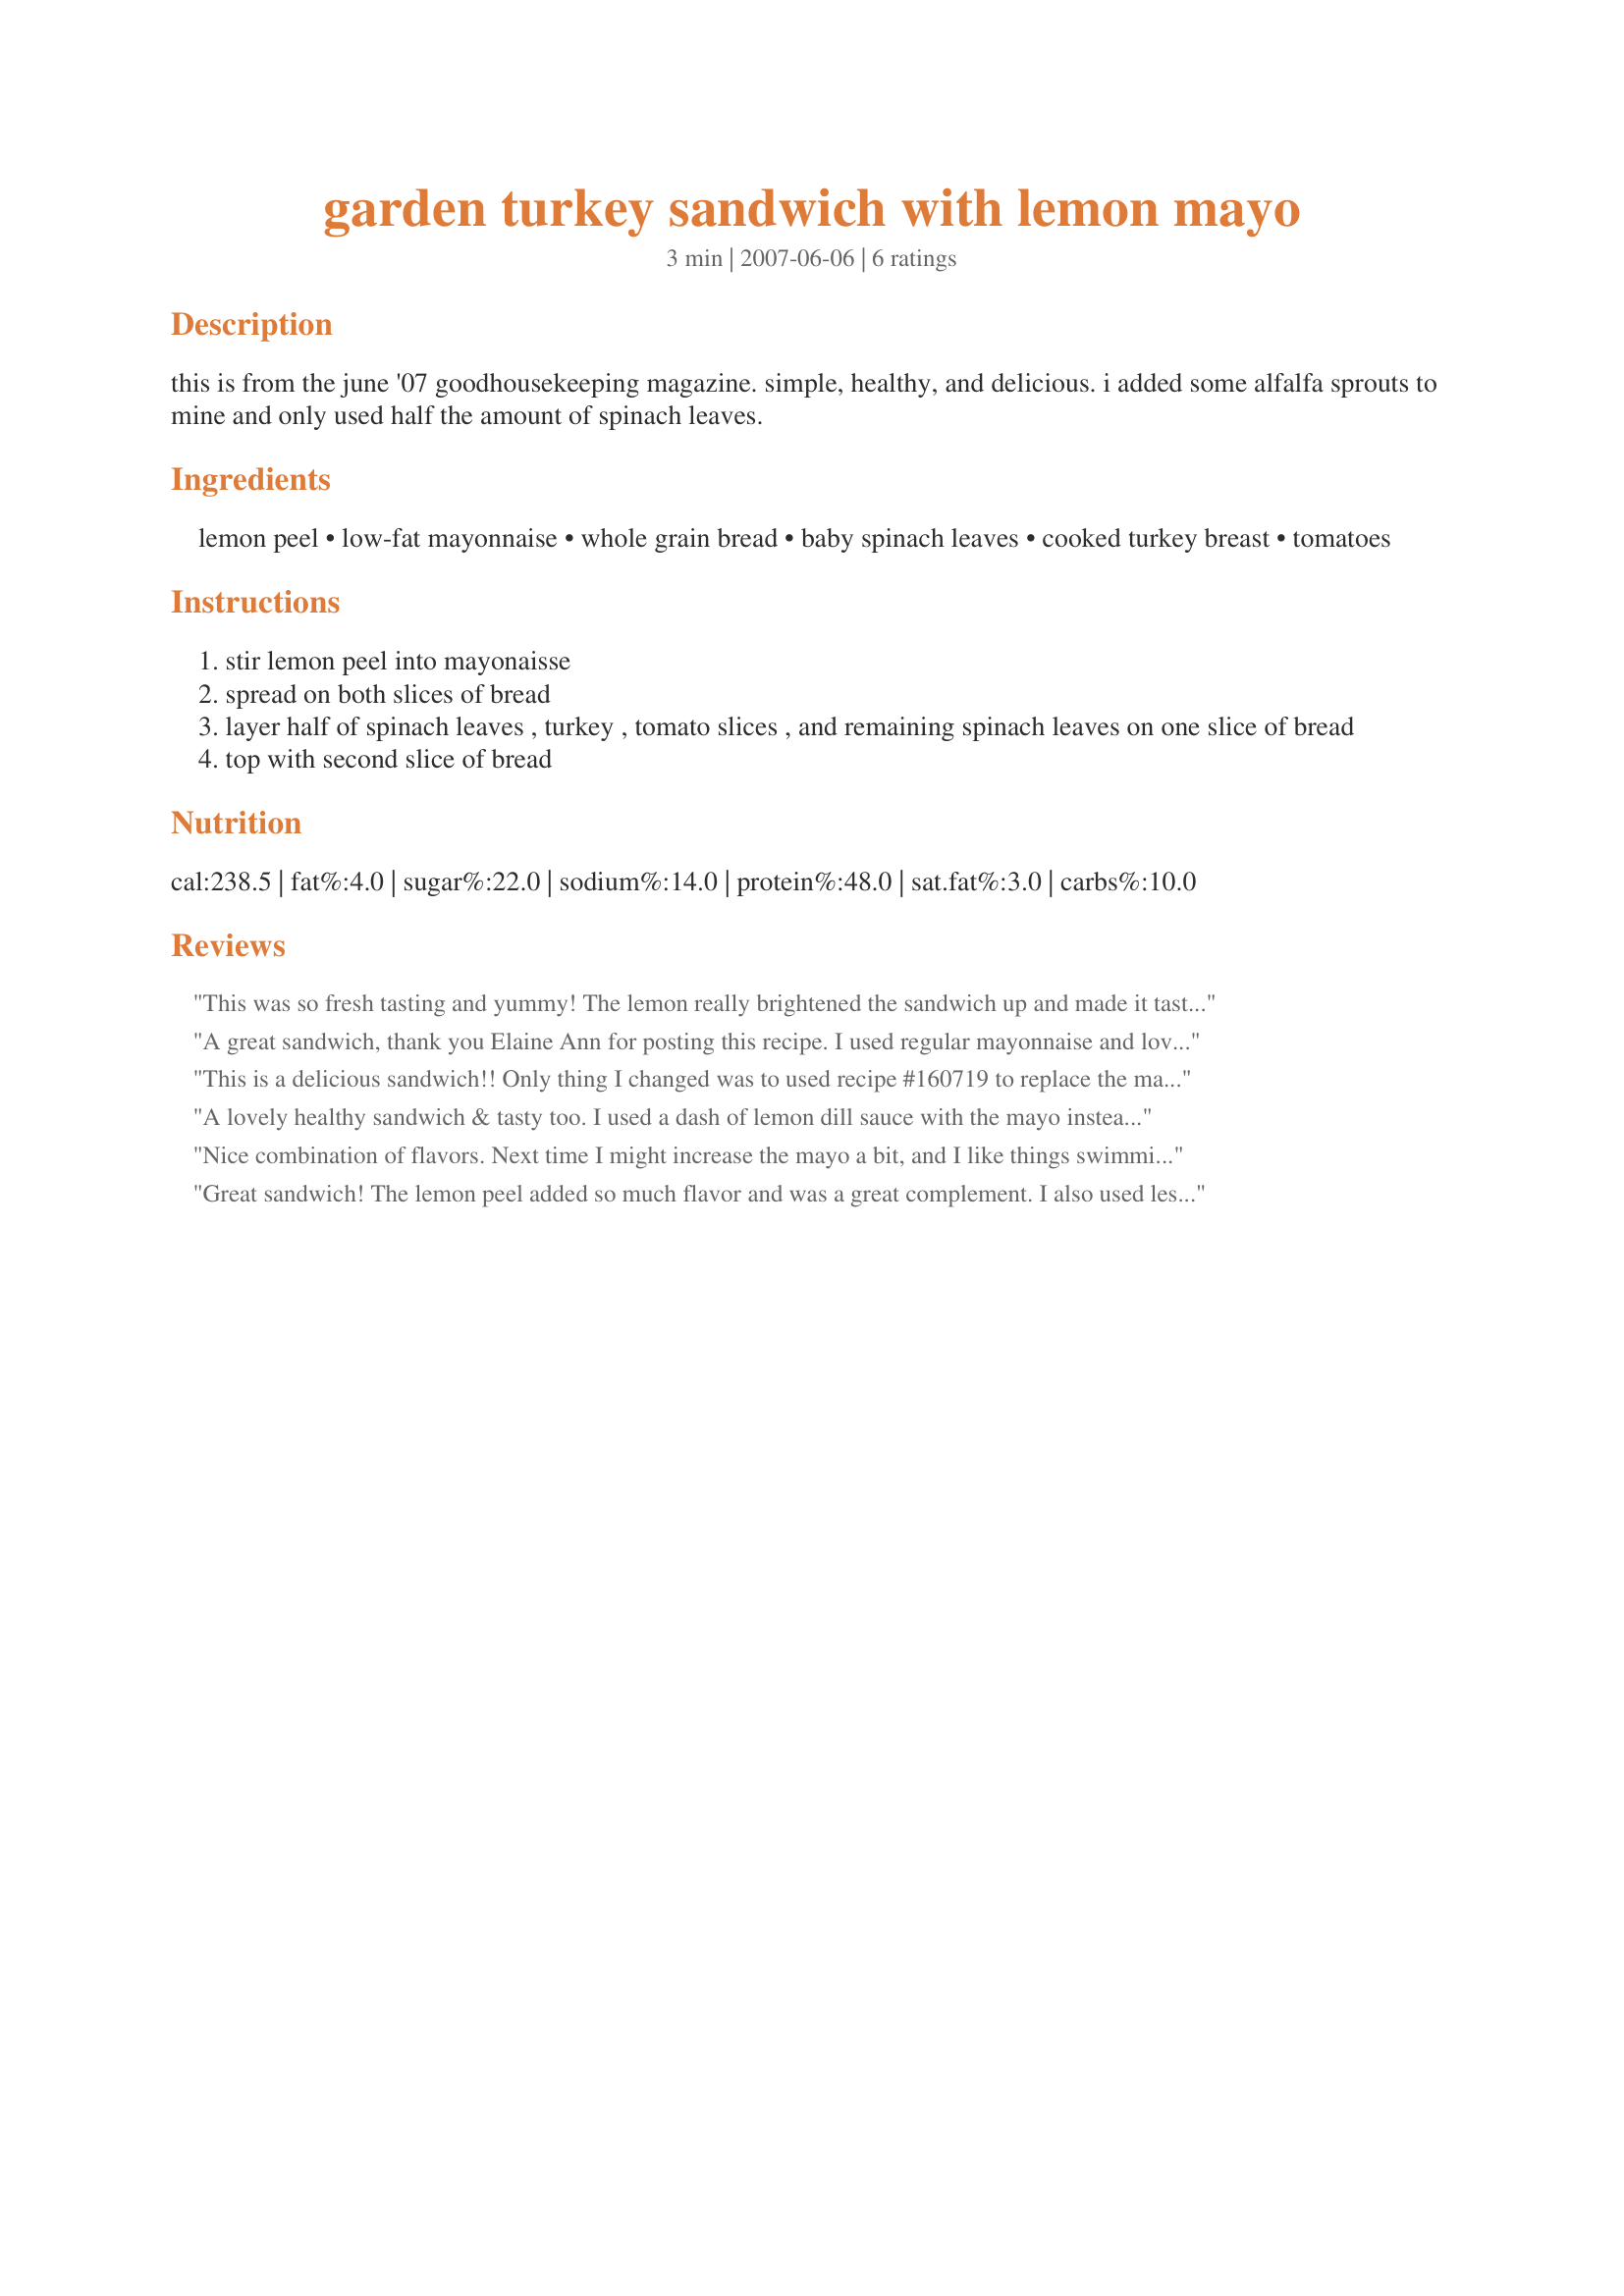
garden turkey sandwich with lemon mayo
Preparation time: 3 minutes

this is from the june '07 goodhousekeeping magazine. simple, healthy, and delicious. i added some alfalfa sprouts to mine and only used half the amount of spinach leaves.

Ingredients:
lemon peel, low-fat mayonnaise, whole grain bread, baby spinach leaves, cooked turkey breast, tomatoes

Steps:
stir lemon peel into mayonaisse
spread on both slices of bread
layer half of spinach leaves , turkey , tomato slices , and remaining spinach leaves on one slice of bread
top with second slice of bread

Reviews:
This was so fresh tasting and yummy! The lemon really brightened the sandwich up and made it taste like something out of a fancy deli. :) Loved it! Looking forward to eating these for lunch this week - this is a keeper for sure! Thanks for sharing.
A great sandwich, thank you Elaine Ann for posting this recipe. I used regular mayonnaise and loved the addition of the lemon peel. Used less spinach and 12 grain wheat bread with smoked turkey breast. Definitely will make this again, might try ham too.
This is a delicious sandwich!! Only thing I changed was to used recipe #160719 to replace the mayo. Thanks ElaineAnn!
A lovely healthy sandwich & tasty too. I used a dash of lemon dill sauce with the mayo instead of peel & it worked great, never would have though of using turkey & lemon together but it works, thanks!
Nice combination of flavors. Next time I might increase the mayo a bit, and I like things swimming in sauce. I imagine that this would be even better on toasted Asiago Cheese Bread with garden fresh tomato and perhaps a slice of provolone. Yum! Thanks for posting.
Great sandwich! The lemon peel added so much flavor and was a great complement. I also used less spinach in my sandwich.
